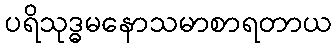
ပရိသုဒ္ဓမနောသမာစာရတာယ